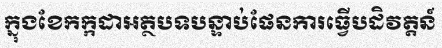
ក្នុងខែកក្កដាអត្ថបទបន្ទាប់ផែនការធ្វើបដិវត្តន៍